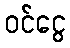
ဝင်ငွေ